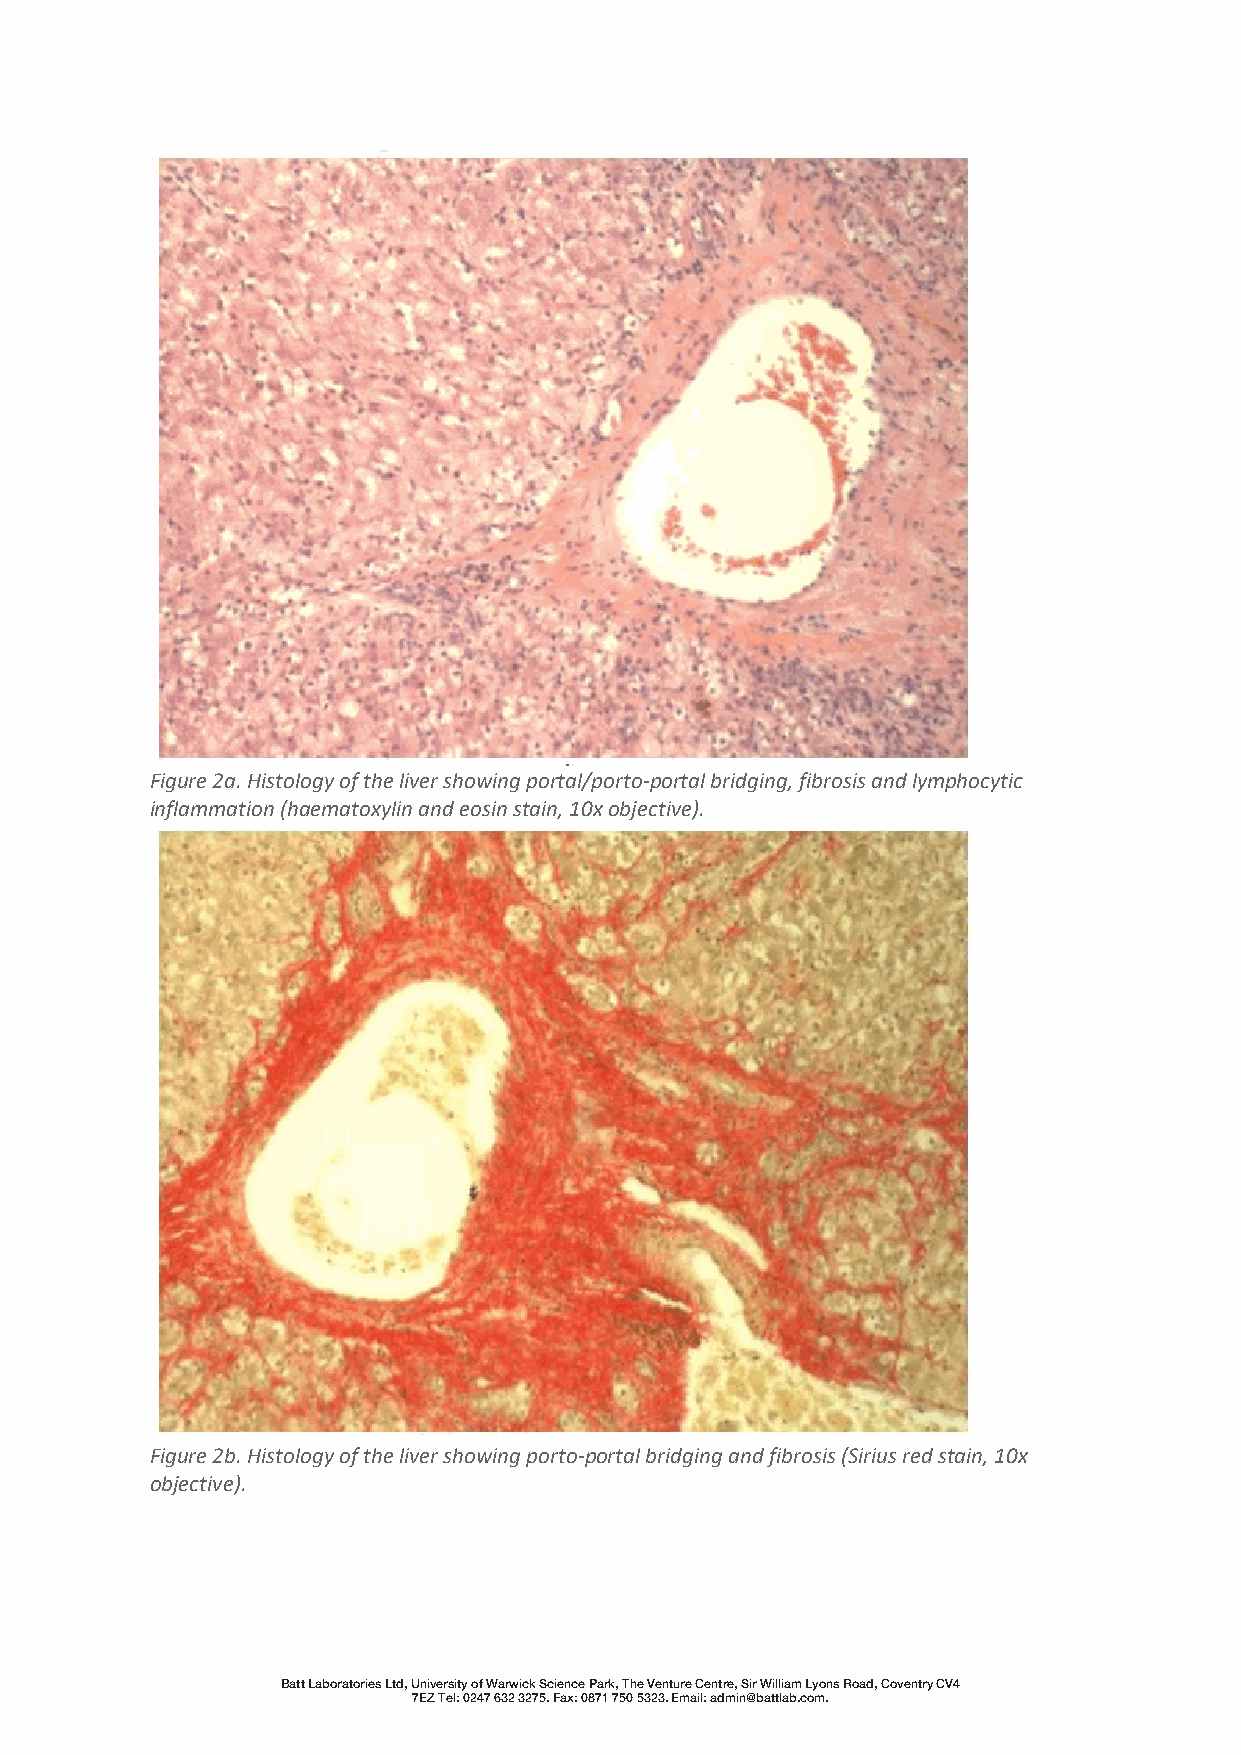
Figure 2a. Histology of the liver showing portal/porto-portal bridging, fibrosis and lymphocytic
 inflammation (haematoxylin and eosin stain, 10x objective).
 Figure 2b. Histology of the liver showing porto-portal bridging and fibrosis (Sirius red stain, 10x
 objective).
 Batt Laboratories Ltd, University of Warwick Science Park, The Venture Centre, Sir William Lyons Road, Coventry CV4
 7EZ Tel: 0247 632 3275. Fax: 0871 750 5323. Email: admin@battlab.com.